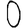
Digit: 0